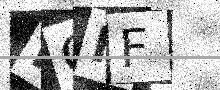
Text: HOMF